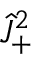
\hat { J } _ { + } ^ { 2 }